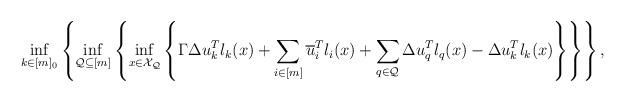
LaTeX: \begin{align*}\inf_{k \in [m]_0} & \left\{ \inf_{\mathcal{Q} \subseteq [m]} \left\{ \inf_{x \in \mathcal{X_\mathcal{Q}}} \left\{ \Gamma \Delta u_k^T l_k(x) + \sum_{i \in [m]} \overline{u}_i^Tl_i(x) + \sum_{q \in \mathcal{Q}} \Delta u_q^T l_q(x) - \Delta u_k^T l_k(x) \right\} \right\} \right\},\end{align*}